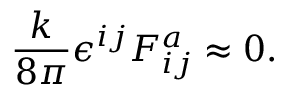
{ \frac { k } { 8 \pi } } \epsilon ^ { i j } F _ { i j } ^ { a } \approx 0 .